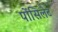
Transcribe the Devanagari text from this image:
पोंसिलेट